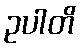
ဥပါတိ